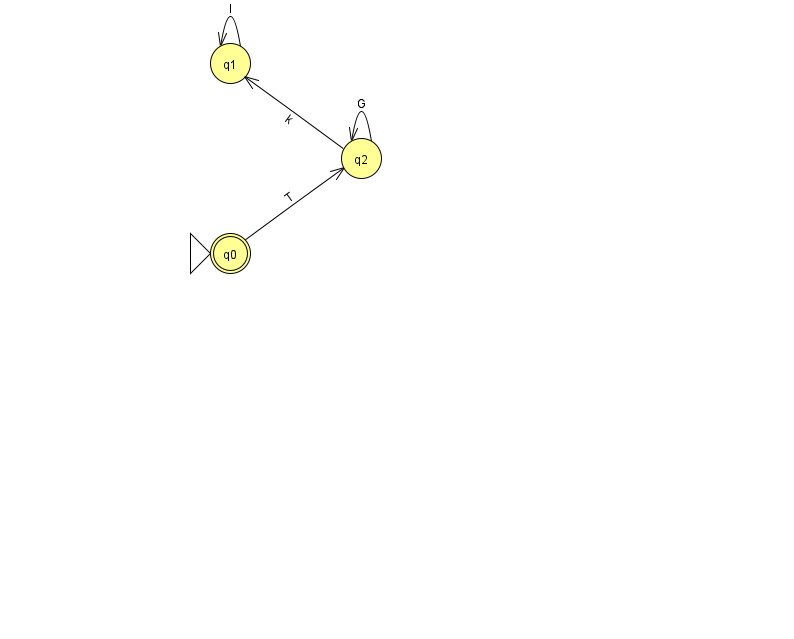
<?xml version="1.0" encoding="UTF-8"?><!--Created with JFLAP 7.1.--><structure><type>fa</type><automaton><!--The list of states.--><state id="0" name="q0"><x>230.0</x><y>240.0</y><initial/><final/></state><state id="1" name="q1"><x>230.0</x><y>50.0</y></state><state id="2" name="q2"><x>361.0</x><y>145.0</y></state><!--The list of transitions.--><transition><from>2</from><to>1</to><read>k</read></transition><transition><from>0</from><to>2</to><read>T</read></transition><transition><from>2</from><to>2</to><read>G</read></transition><transition><from>1</from><to>1</to><read>I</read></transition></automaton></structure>